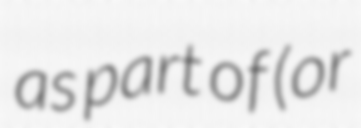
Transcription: as part of (or